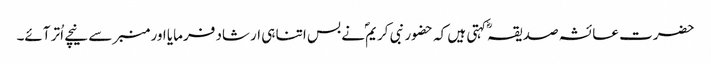
حضرت عائشہ صدیقہؓ کہتی ہیں کہ حضور نبی کریمؐ نے بس اتنا ہی ارشاد فرمایا اور منبر سے نیچے اُتر آئے۔